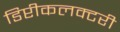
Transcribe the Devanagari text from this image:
डिप्टीकलक्टरी